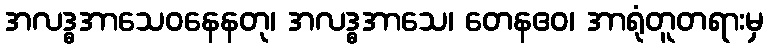
အလဒ္ဓအာသေဝနေနတု၊ အလဒ္ဓအာသေ၊ တေနဧဝ၊ အာရုံတူတရားမှ